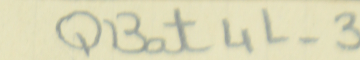
QBat 4L-3